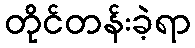
တိုင်တန်းခဲ့ရာ